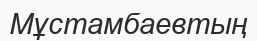
Мұстамбаевтың